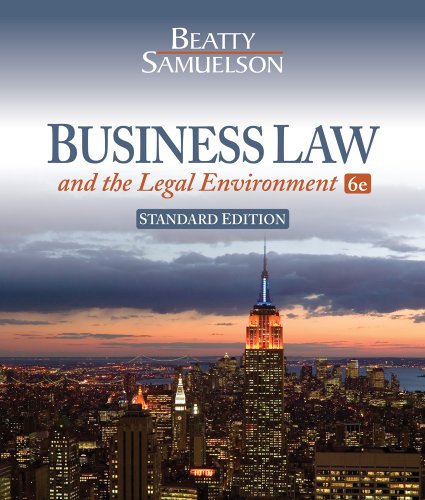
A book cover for Business Law and the Legal Environment, Standard Edition; Jeffrey F. Beatty; Law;